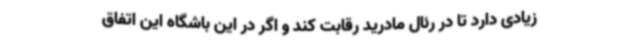
زیادی دارد تا در رئال مادرید رقابت کند و اگر در این باشگاه این اتفاق